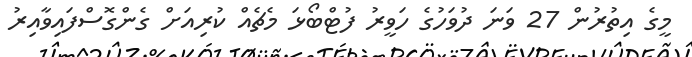
މީގެ އިތުރުން 27 ވަނަ ދުވަހުގެ ހަވީރު ފުޓްބޯޅަ މެޗެއް ކުރިއަށް ގެންގޮސްފައިވާއިރު